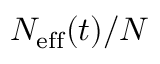
N _ { \mathrm { e f f } } ( t ) / N